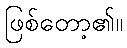
ဖြစ်တော့၏။